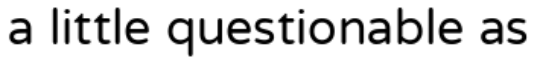
a little questionable as